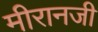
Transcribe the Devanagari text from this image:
मीरानजी